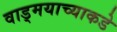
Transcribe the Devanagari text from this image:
वाड्मयाच्याकडे